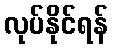
လုပ်နိုင်ရန်